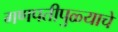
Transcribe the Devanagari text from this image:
गणपतीपुळ्याचे